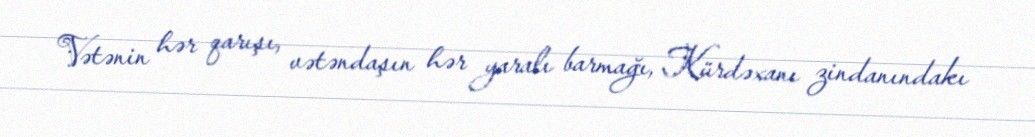
Vətənin hər qarışı, vətəndaşın hər yaralı barmağı, Kürdəxanı zindanındakı